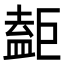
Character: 𥂇